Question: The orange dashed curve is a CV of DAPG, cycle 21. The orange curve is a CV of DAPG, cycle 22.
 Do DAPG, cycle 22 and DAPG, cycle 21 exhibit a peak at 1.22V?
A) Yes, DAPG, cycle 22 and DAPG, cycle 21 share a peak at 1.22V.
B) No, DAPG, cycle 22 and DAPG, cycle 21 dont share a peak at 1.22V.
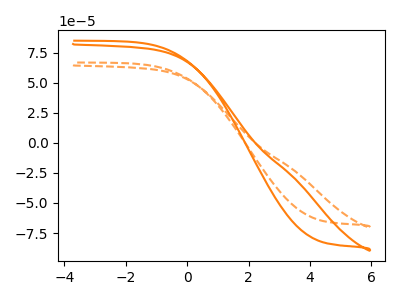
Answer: <think>The orange dashed curve "DAPG, cycle 21" has no peaks. The orange curve "DAPG, cycle 22" has no peaks.</think>
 <answer>B) No, "DAPG, cycle 22" and "DAPG, cycle 21" dont share a peak at 1.22V.</answer>
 <eval>B</eval>